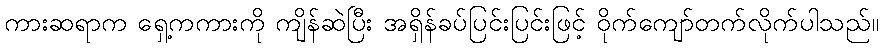
ကားဆရာက ရှေ့ကကားကို ကျိန်ဆဲပြီး အရှိန်ခပ်ပြင်းပြင်းဖြင့် ဝိုက်ကျော်တက်လိုက်ပါသည်။